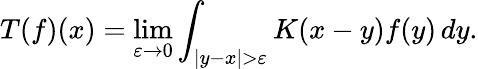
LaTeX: T(f)(x)=\operatorname*{lim}_{\varepsilon\to 0}\int_{|y-x|>\varepsilon}K(x-y)f(y)\, dy.